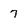
Character: 7